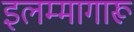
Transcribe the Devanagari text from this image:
इलम्मागारू